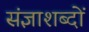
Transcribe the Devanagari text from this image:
संज्ञाशब्दों